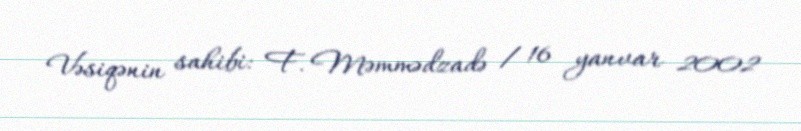
Vəsiqənin sahibi: F. Məmmədzadə / 16 yanvar 2002